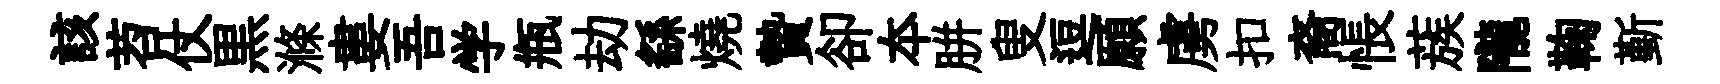
該苕仗黒滌婁吾学瓶劫繇燒贄卻夲胼叟逗願虜扣裔悵蔟隴鞠斳